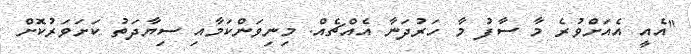
"އެއީ އެއަށްވުރެ މާ ސާފު މާ ހަރުދަނާ އެއްޗެއް. މިނިވަންކަމާއި ސިޔާދަތު ކަށަވަރުކޮށް